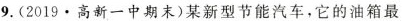
9. (2019 \cdot 高新一中期末)某新型节能汽车，它的油箱最